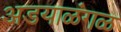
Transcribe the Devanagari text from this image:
अडयाळंगळ